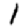
Digit: 1